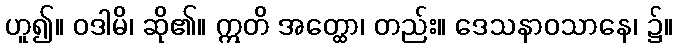
ဟူ၍။ ဝဒါမိ၊ ဆို၏။ ဣတိ အတ္ထော၊ တည်း။ ဒေသနာဝသာနေ၊ ၌။